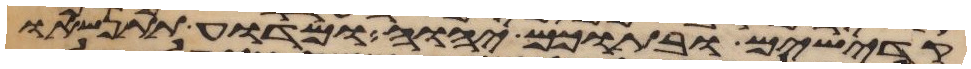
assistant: קדישים ובתוכם יהוה ומדוע תתנשאו